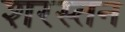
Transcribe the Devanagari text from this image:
शरस्तन